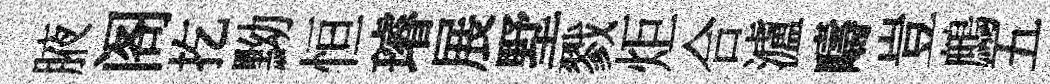
腋阁扢黝恒璿展墅戮炬合瀘疇豈鷓五